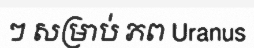
ៗ សម្រាប់ ភព Uranus